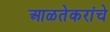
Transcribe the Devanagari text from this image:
आळतेकरांचे